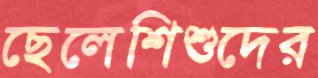
ছেলেশিশুদের